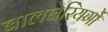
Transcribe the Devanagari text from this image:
बालबेरिंयगों